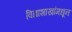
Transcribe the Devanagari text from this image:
विद्याशाखांमधून